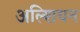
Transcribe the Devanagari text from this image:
अल्शियन